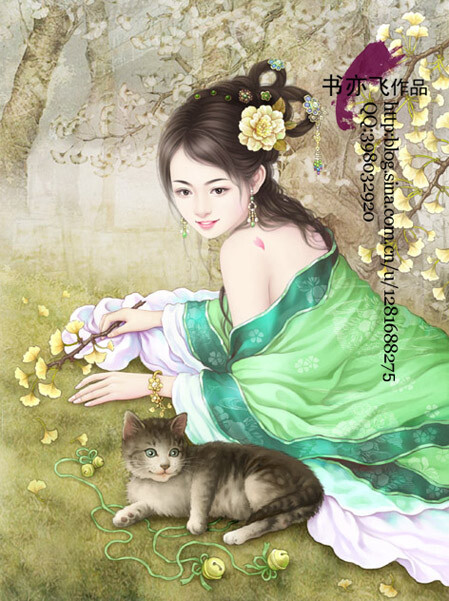
两岸人家微雨后，收红豆，树底纤纤抬素手。